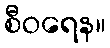
စီဝရေန။